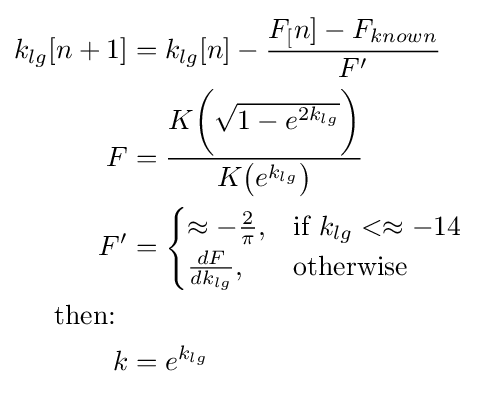
{\begin{aligned}k_{lg}[n+1]&=k_{lg}[n]-{\frac {F_{[}n]-F_{known}}{F'}}\\F&={\frac {K{\bigg (}{\sqrt {1-e^{2k_{lg}}}}{\bigg )}}{K{\bigl (}e^{k_{lg}}{\bigl )}}}\\F'&={\begin{cases}\approx -{\frac {2}{\pi }},&{\text{if }}k_{lg}<\approx -14\\{\frac {dF}{dk_{lg}}},&{\text{otherwise}}\\\end{cases}}\\{\text{then: }}&\\k&=e^{k_{lg}}\\\end{aligned}}